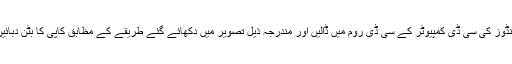
ونڈوز کی سی ڈی کمپیوٹر کے سی ڈی روم میں ڈالیں اور مندرجہ ذیل تصویر میں دکھائے گئے طریقے کے مظابق کاپی کا بٹن دبائیں۔